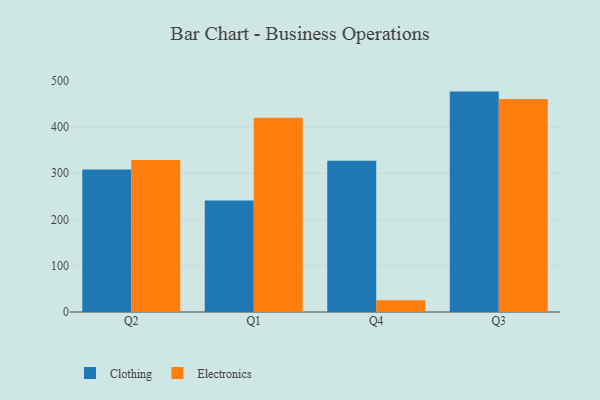
{"axis": {"x": "Quarter", "y": "Production Output"}, "legend": ["Clothing", "Electronics"], "data": [{"x": "Q2", "y": 307.9, "type": "Clothing"}, {"x": "Q2", "y": 328.3, "type": "Electronics"}, {"x": "Q1", "y": 241.2, "type": "Clothing"}, {"x": "Q1", "y": 420.1, "type": "Electronics"}, {"x": "Q4", "y": 327.1, "type": "Clothing"}, {"x": "Q4", "y": 25.5, "type": "Electronics"}, {"x": "Q3", "y": 476.4, "type": "Clothing"}, {"x": "Q3", "y": 460.5, "type": "Electronics"}]}